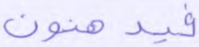
فيدهنون